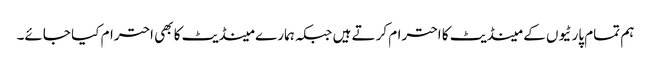
ہم تمام پارٹیوں کے مینڈیٹ کا احترام کرتے ہیں جبکہ ہمارے مینڈیٹ کا بھی احترام کیا جائے۔